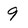
Character: 9